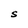
Character: S